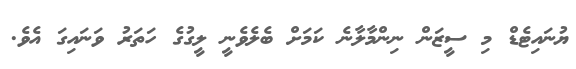
ޔުނައިޓެޑް މި ސީޒަން ނިންމާލާނެ ކަމަށް ބެލެވެނީ ލީގުގެ ހަތަރު ވަނައިގަ އެވެ.